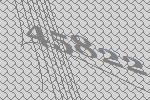
45822